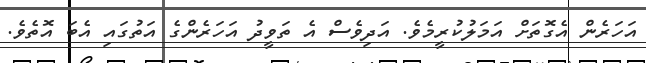
އަހަރެން އެގޮތަށް އަމަލުކުރީމެވެ. އަދިވެސް އެ ތަވީދު އަހަރެންގެ އަތުގައި އެބަ އޮތެވެ.